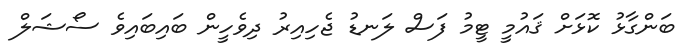
ބަންގާޅު ކޮޅަށް ޤައުމީ ޓީމު ފަސް ލަނޑު ޖެހިއިރު ދިވެހީން ބައިބައިވެ ސޯޝަލް